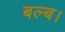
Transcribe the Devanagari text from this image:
बल्ब।